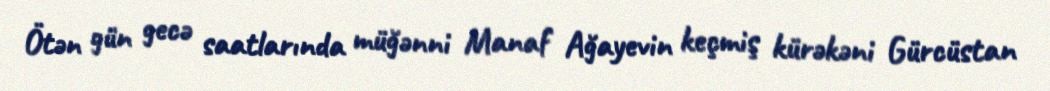
Ötən gün gecə saatlarında müğənni Manaf Ağayevin keçmiş kürəkəni Gürcüstan